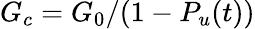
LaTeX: G_{c}=G_{0}/(1-P_{u}(t))